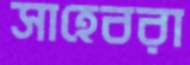
সাহেবরা